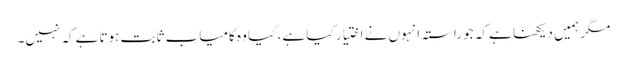
مگر ہمیں دیکھنا ہے کہ جو راستہ انہوں نے اختیار کیا ہے ، کیا وہ کامیاب ثابت ہوتا ہےکہ نہیں۔